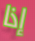
إذا